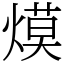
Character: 㷬